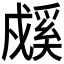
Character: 𰒳